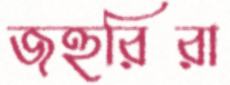
জহুরিরা